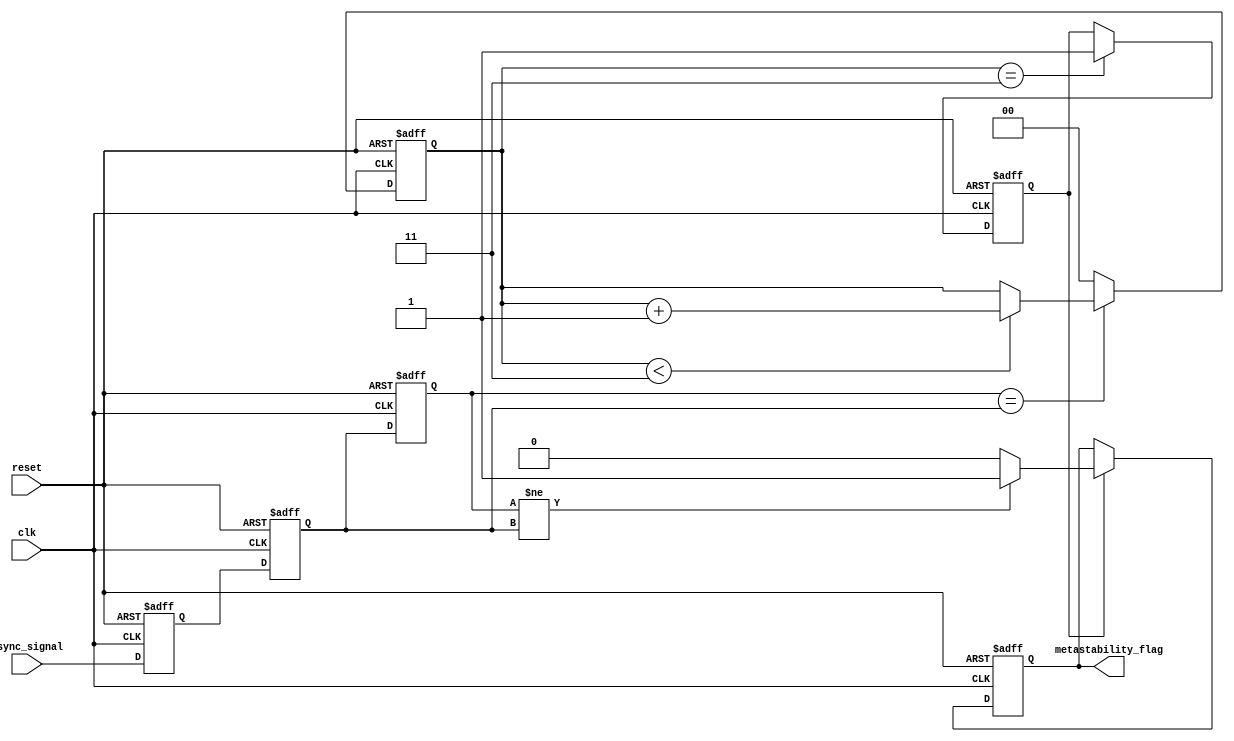
module metastability_detector (
    input wire clk,              // Clock signal
    input wire reset,            // Reset signal
    input wire async_signal,     // Asynchronous input signal to monitor
    output reg metastability_flag // Output signal indicating metastability
);
    
    // Internal signals
    reg latch1_out;              // Output of the first latch
    reg latch2_out;              // Output of the second latch
    reg [1:0] stable_counter;     // Counter to check stability
    reg detection_enabled;        // Flag to enable detection logic

    // Parameters
    localparam STABLE_THRESHOLD = 2'b11; // Threshold for determining stability

    // First latch capturing the async signal
    always @(posedge clk or posedge reset) begin
        if (reset) begin
            latch1_out <= 1'b0;
        end else begin
            latch1_out <= async_signal; // Capture input signal
        end
    end

    // Second latch capturing the output of the first latch
    always @(posedge clk or posedge reset) begin
        if (reset) begin
            latch2_out <= 1'b0;
        end else begin
            latch2_out <= latch1_out; // Capture output of first latch
        end
    end

    // Memory block to hold the output of the second latch
    reg memory_block;             // Memory block to store the output
    always @(posedge clk or posedge reset) begin
        if (reset) begin
            memory_block <= 1'b0;
        end else begin
            memory_block <= latch2_out; // Store the state of the second latch
        end
    end

    // Metastability detection logic
    always @(posedge clk or posedge reset) begin
        if (reset) begin
            metastability_flag <= 1'b0;
            stable_counter <= 2'b00;
            detection_enabled <= 1'b0;
        end else begin
            // Check for stability
            if (memory_block == latch2_out) begin
                if (stable_counter < STABLE_THRESHOLD) begin
                    stable_counter <= stable_counter + 1;
                end
            end else begin
                stable_counter <= 2'b00; // Reset counter if signal changes
            end

            // Enable detection when stable for a certain threshold
            if (stable_counter == STABLE_THRESHOLD) begin
                detection_enabled <= 1'b1;
            end

            // Set metastability flag if detection is enabled
            if (detection_enabled) begin
                if (memory_block != latch2_out) begin // Unexpected transition
                    metastability_flag <= 1'b1;
                end else begin
                    metastability_flag <= 1'b0; // Clear flag if stable
                end
            end
        end
    end

endmodule